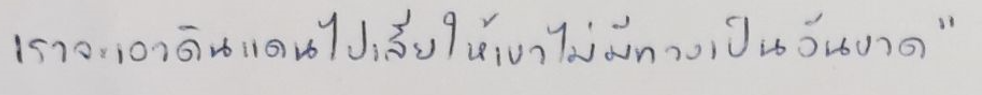
เราจะเอาดินแดนไปเสียให้เขาไม่มีทางเป็นอันขาด"